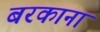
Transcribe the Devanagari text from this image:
बरकाना